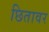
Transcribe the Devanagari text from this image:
छितावर